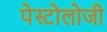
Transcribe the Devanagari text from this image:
पेस्टोलोजी